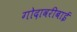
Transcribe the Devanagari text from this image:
गोदावरीबाई